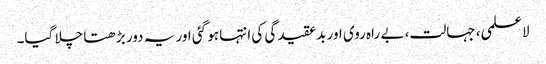
لاعلمی، جہالت، بے راہ روی اور بدعقیدگی کی انتہا ہو گئی اور یہ دور بڑھتا چلا گیا۔